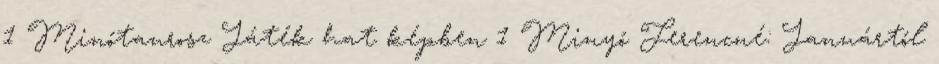
1 Minótaurosz Játék hat képben 1 Minyó Ferencné: Januártól